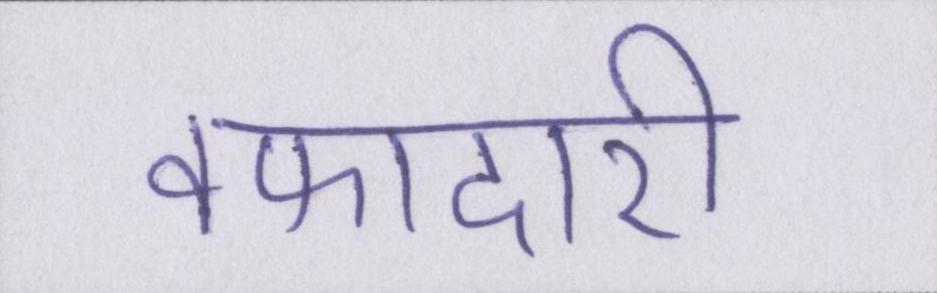
वफादारी